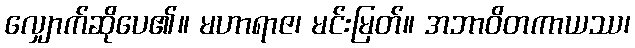
လျှောက်ဆိုပေ၏။ မဟာရာဇ၊ မင်းမြတ်။ အဘာဝိတကာယဿ၊